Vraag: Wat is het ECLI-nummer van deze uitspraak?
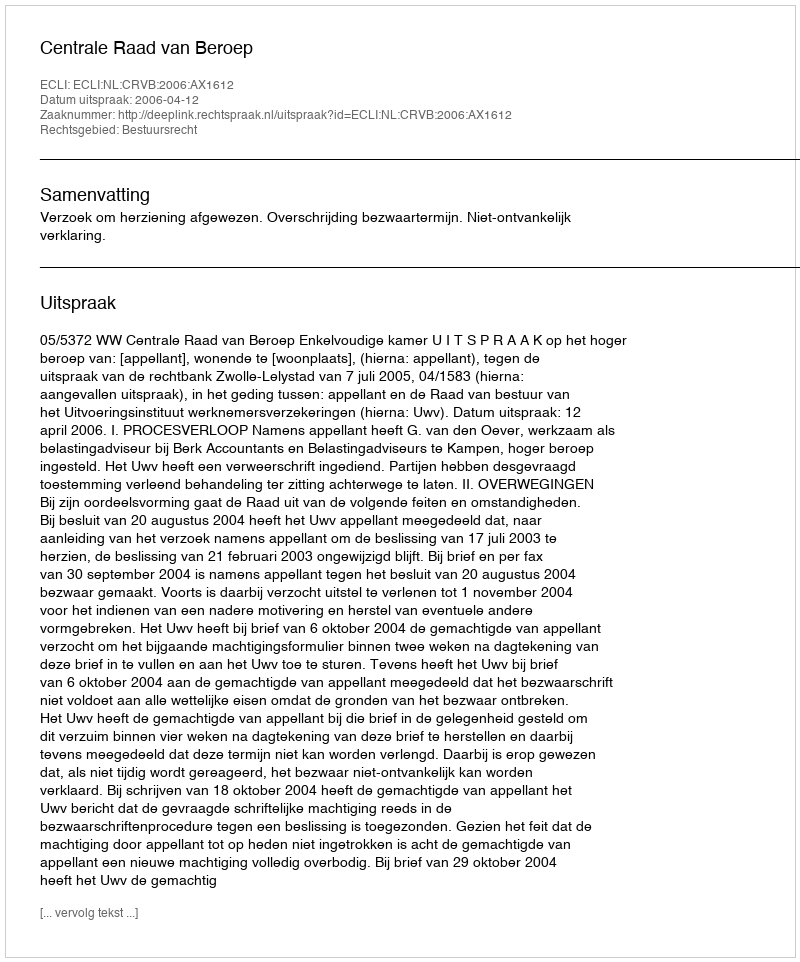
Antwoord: ECLI:NL:CRVB:2006:AX1612